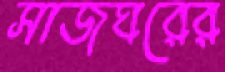
সাজঘরের